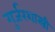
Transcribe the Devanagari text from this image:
गुर्जरशास्त्री